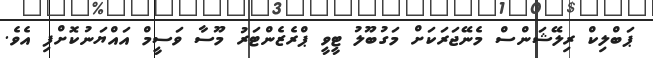
ޕަބްލިކް ރިލޭޝަންސް މެނޭޖަރަކަށް މަގުބޫލު ޓީވީ ޕްރެޒެންޓަރު މޫސާ ވަސީމް އައްޔަނުކޮށްފި އެވެ.